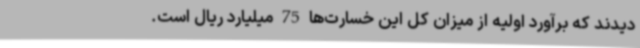
دیدند که برآورد اولیه از میزان کل این خسارت‌ها 75 میلیارد ریال است.